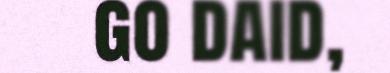
go daid,